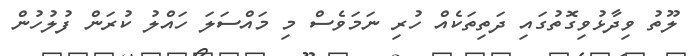
ލޫތު ވިދާޅުވިގޮތުގައި ދަތިތަކެއް ހުރި ނަމަވެސް މި މައްސަލަ ހައްލު ކުރަން ފުލުހުން